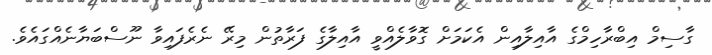
ގާސިމް އިބްރާހިމްގެ އާއިލާއިން އެކަމަށް ގޮވާލެއްވީ އާއިލާގެ ފަރާތުން މިރޭ ނެރެފައިވާ ނޫސްބަޔާނެއްގައެވެ.